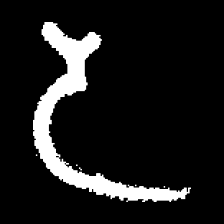
Pyu character \u2014 Myanmar letter: ဒ (romanized: da)